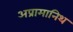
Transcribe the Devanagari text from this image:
अप्रामानिथ